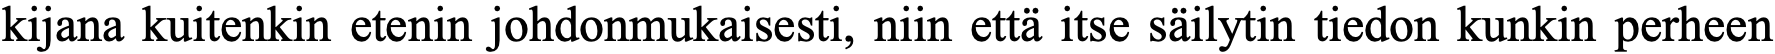
kijana kuitenkin etenin johdonmukaisesti, niin että itse säilytin tiedon kunkin perheen